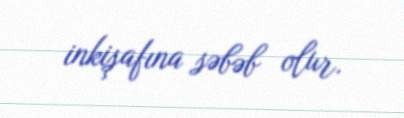
inkişafına səbəb olur.